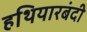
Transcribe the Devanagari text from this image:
हथियारबंदी